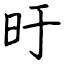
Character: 旴